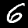
Digit: 6